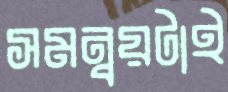
সমন্বয়টাই